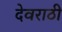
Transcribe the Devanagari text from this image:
देवराठी